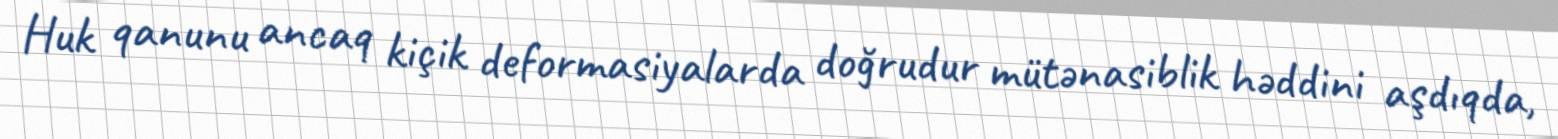
Huk qanunu ancaq kiçik deformasiyalarda doğrudur mütənasiblik həddini aşdıqda,